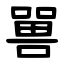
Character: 嘼